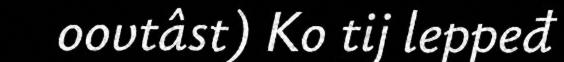
oovtâst) Ko tij leppeđ